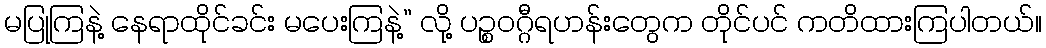
မပြုကြနဲ့ နေရာထိုင်ခင်း မပေးကြနဲ့” လို့ ပဉ္စဝဂ္ဂီရဟန်းတွေက တိုင်ပင် ကတိထားကြပါတယ်။